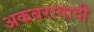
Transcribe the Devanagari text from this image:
अकबरावादी